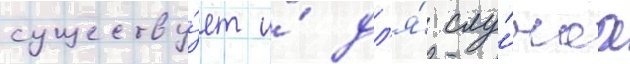
существу́ет и́ дл'я́ слу́чаа